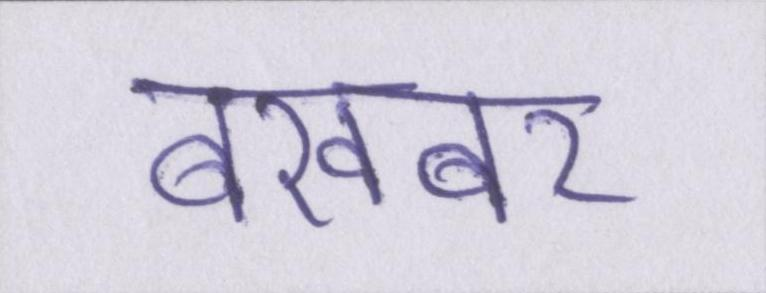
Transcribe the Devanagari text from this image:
बेखबर